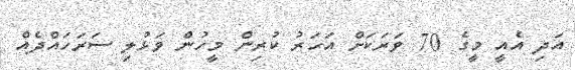
އަދި އެއީ މީގެ 70 ވަރަކަށް އަހަރު ކުރިން މީހުން ވަޅުލި ސަރަހައްދެއް